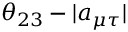
\ensuremath { \theta _ { 2 3 } } - | a _ { \mu \tau } |